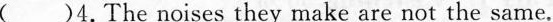
()4.The noises they make are not the same.